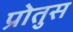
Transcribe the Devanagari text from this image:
प्रोतुस